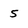
Character: 5